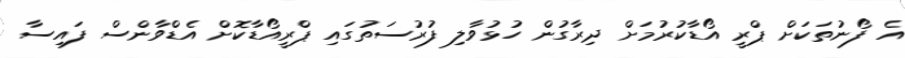
އެ ފޯނުތަކަށް ޕްރީ އޯޑާކުރުމަށް ދިރާގުން ހުޅުވާލި ފުރުސަތުގައި ޕްރީއޯޑާކޮށް އެޑްވާންސް ފައިސާ